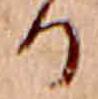
る